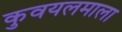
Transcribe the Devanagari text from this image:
कुवयलमाला